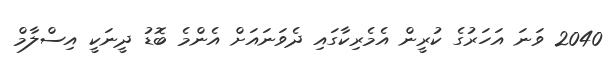
2040 ވަނަ އަހަރުގެ ކުރީން އެމެރިކާގައި ދެވަނައަށް އެންމެ ބޮޑު ދީނަކީ އިސްލާމް